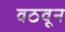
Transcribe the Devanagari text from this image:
वठवून